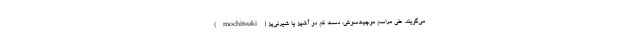
(mochitsuki) می‌گویند. طی مراسم موچیت‌سوکی، دست کم دو آشپز یا شیرنی‌پز